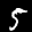
Label: 5